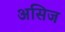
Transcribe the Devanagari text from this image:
असिज